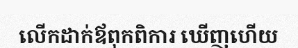
លើកដាក់ឪពុកពិការ ឃើញហើយ